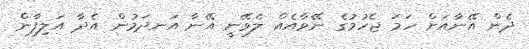
ދެން އޭނާއަށް ހަމަ ޖެހުމުގެ ނޭވާއެއް ލެވޭނީ އޭނާ އަނދަމުން އެދާ އަލިފާން